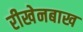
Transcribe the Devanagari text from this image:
रीखेनबाख